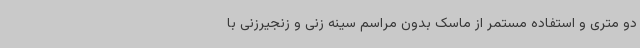
دو متری و استفاده مستمر از ماسک بدون مراسم سینه زنی و زنجیرزنی با